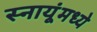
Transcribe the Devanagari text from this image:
स्नायूंमध्ये